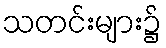
သတင်းများ၌